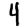
Digit: 4